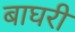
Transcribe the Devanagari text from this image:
बाघरी